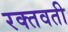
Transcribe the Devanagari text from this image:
रक्तवती